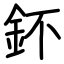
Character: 鈈